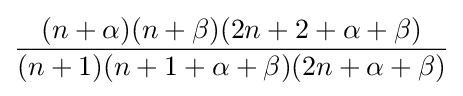
{\frac {(n+\alpha )(n+\beta )(2n+2+\alpha +\beta )}{(n+1)(n+1+\alpha +\beta )(2n+\alpha +\beta )}}